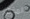
المؤكد